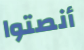
أنصتوا